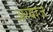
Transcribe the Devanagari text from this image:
अय्याज